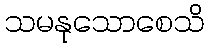
သမနုသောစေသိ